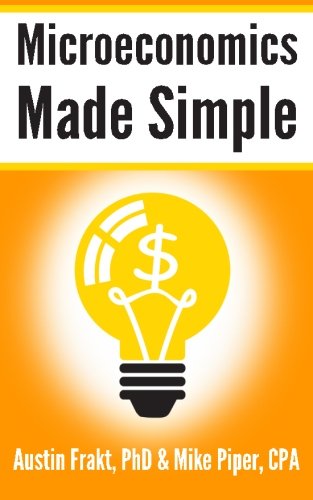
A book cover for Microeconomics Made Simple: Basic Microeconomic Principles Explained in 100 Pages or Less; Austin Frakt PhD; Business & Money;